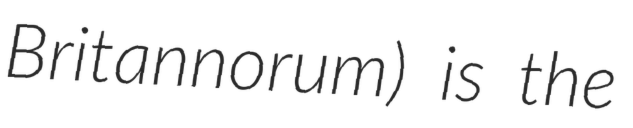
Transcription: Britannorum) is the